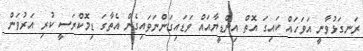
ރަނގަޅުވާނީ އަވަހައް ކައިގަ އޮތް އިންޑީޔާއައް ވަޑައިގަންނަވައިގެން އެތާގަ ޑިމޮކްރަސީ ކުރި އަރުވަން